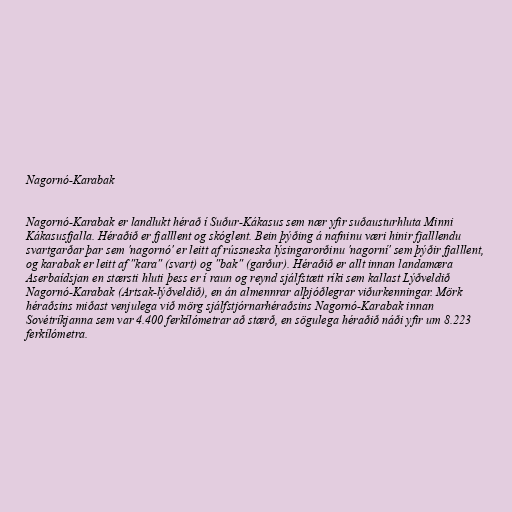
Nagornó-Karabak

Nagornó-Karabak er landlukt hérað í Suður-Kákasus sem nær yfir suðausturhluta Minni
Kákasusfjalla. Héraðið er fjalllent og skóglent. Bein þýðing á nafninu væri hinir fjalllendu
svartgarðar þar sem 'nagornó' er leitt af rússneska lýsingarorðinu 'nagorní' sem þýðir fjalllent,
og karabak er leitt af "kara" (svart) og "bak" (garður). Héraðið er allt innan landamæra
Aserbaídsjan en stærsti hluti þess er í raun og reynd sjálfstætt ríki sem kallast Lýðveldið
Nagornó-Karabak (Artsak-lýðveldið), en án almennrar alþjóðlegrar viðurkenningar. Mörk
héraðsins miðast venjulega við mörg sjálfstjórnarhéraðsins Nagornó-Karabak innan
Sovétríkjanna sem var 4.400 ferkílómetrar að stærð, en sögulega héraðið náði yfir um 8.223
ferkílómetra.